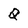
Character: Q